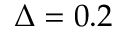
\Delta = 0 . 2